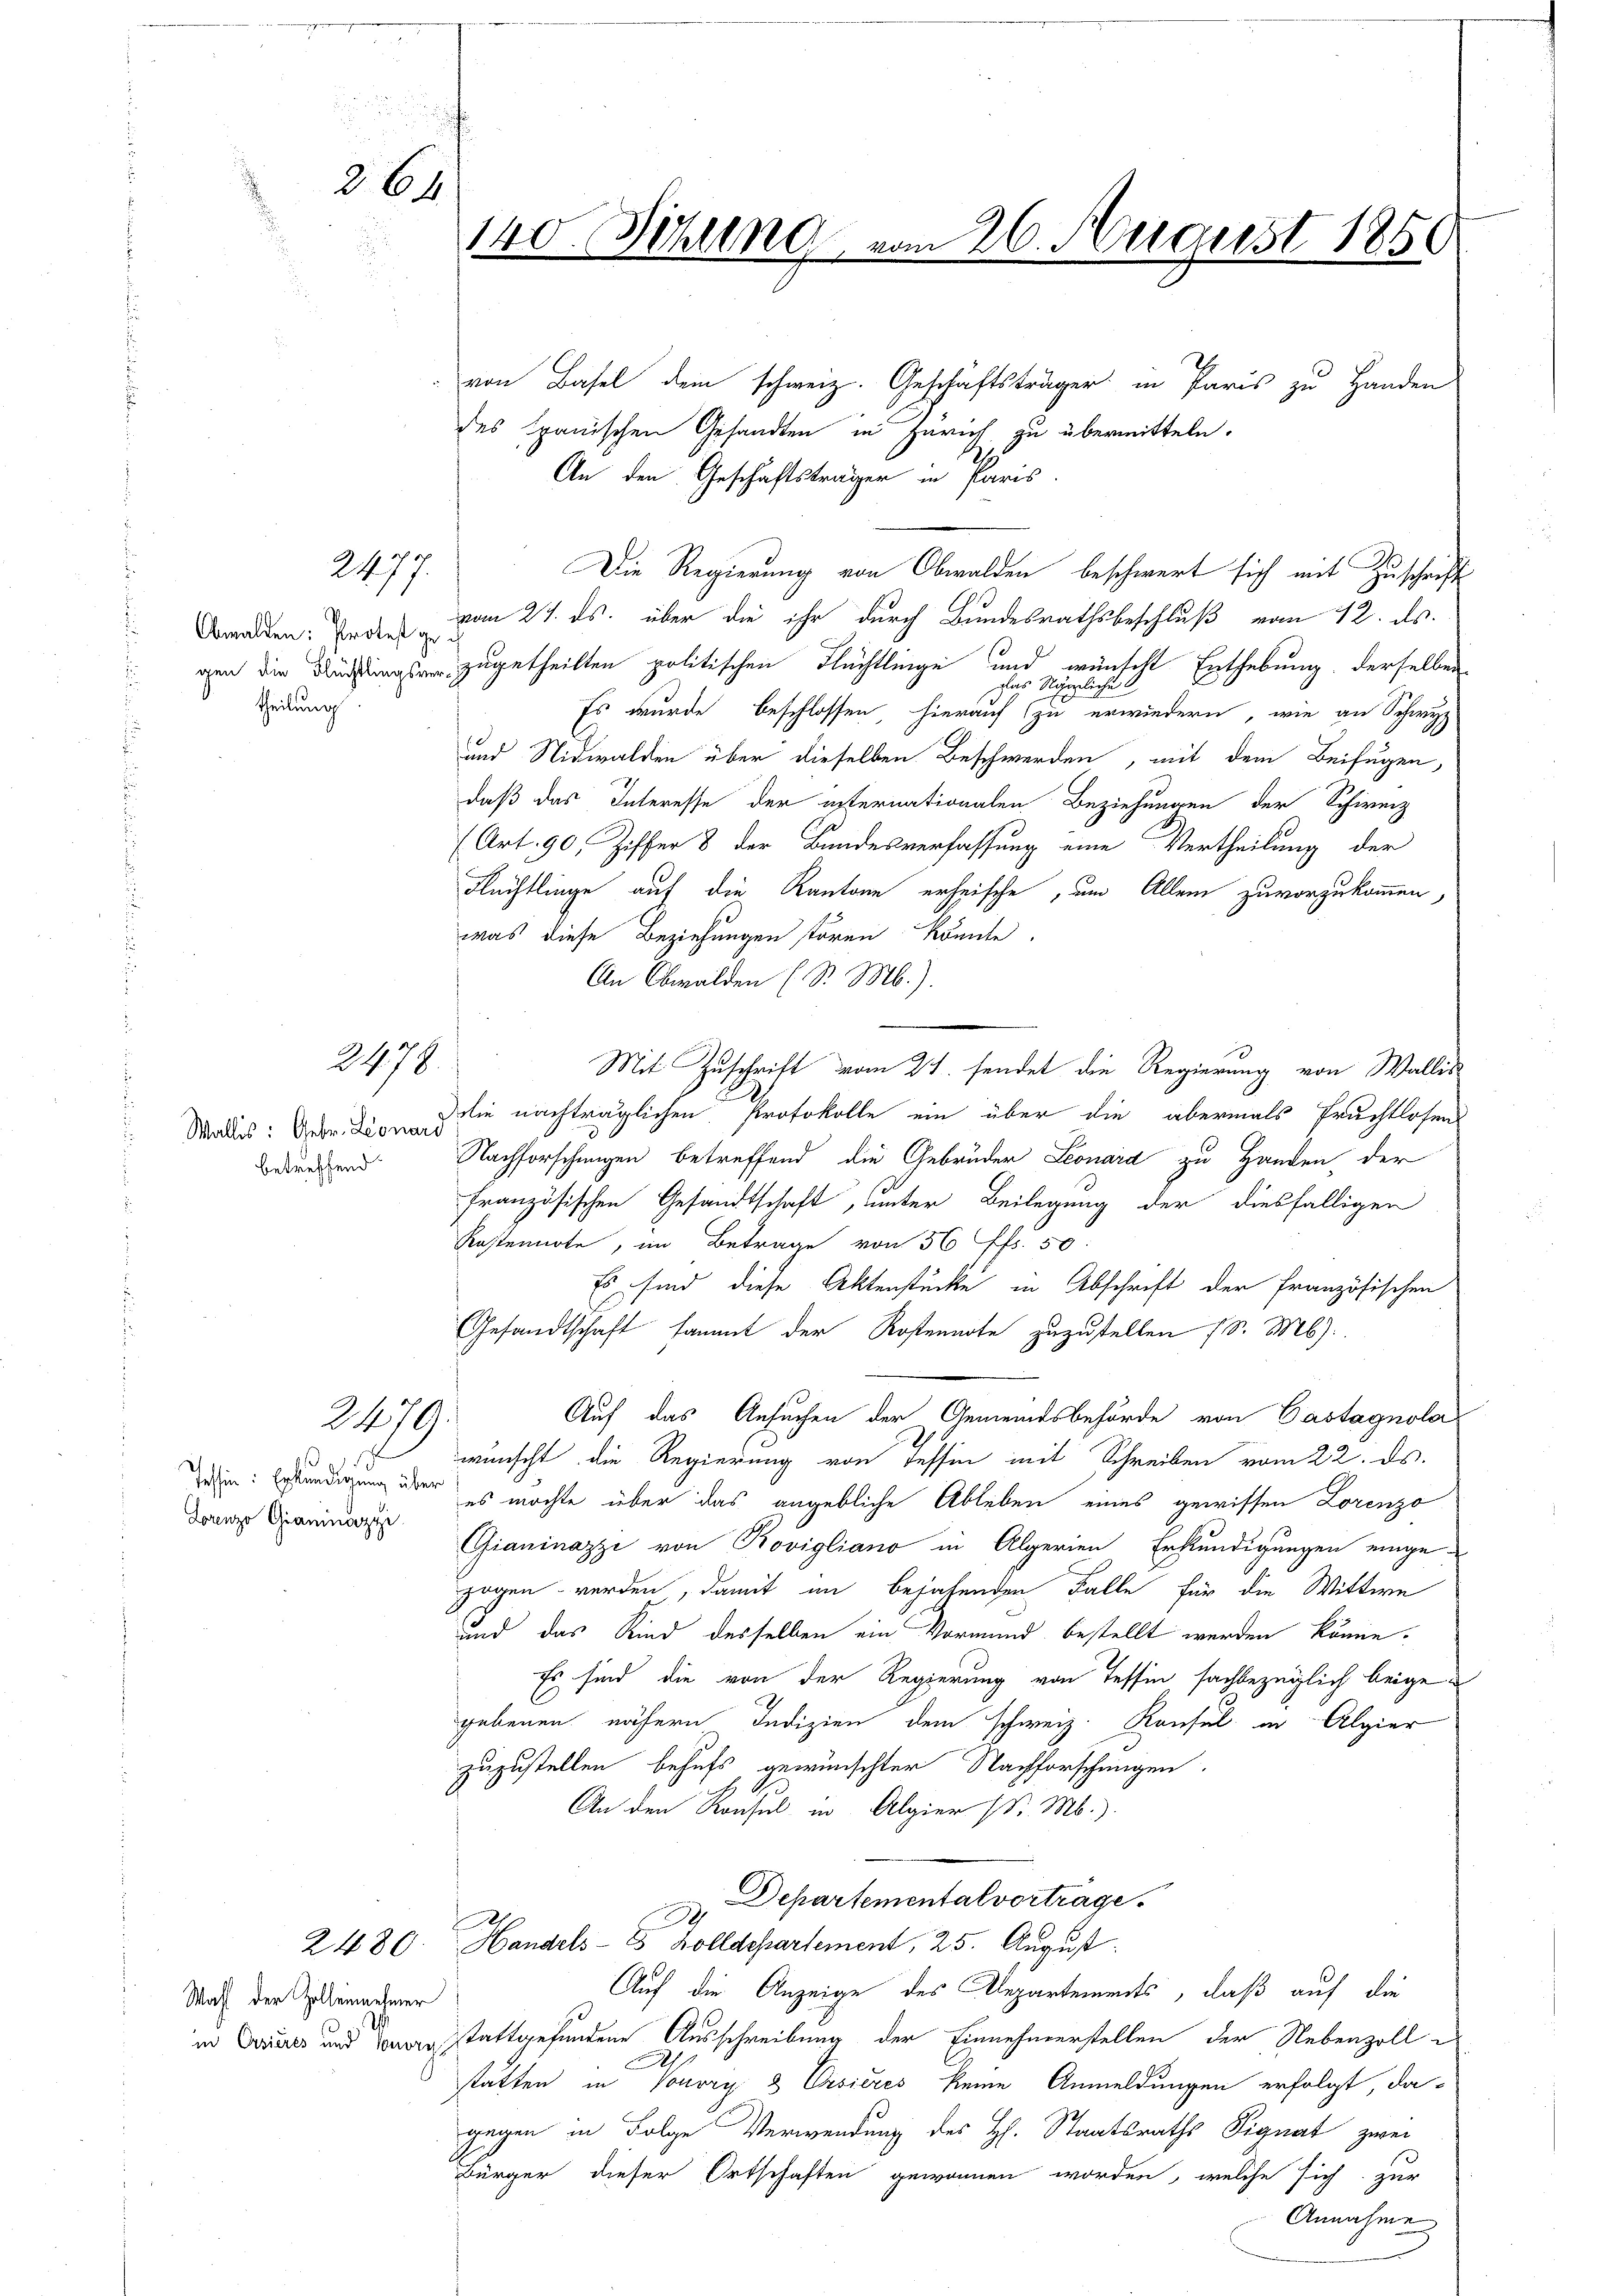
264

2477.

f

Obwalden: Protest getheilung

2470.

Wallis: Gebr. Leonard
betreffend

2479.

s
Tessin: Erkundigung über
Lorenzo Giannazzi

2480
Wahl der Zollennehmer

140. Dihung vom 26. August 1856

von Basel dem schweiz. Geschäftsträger in Paris zu Handen
des Spanischen Gesandten in Zürich zu übermitteln.
An den Geschäftsträger in Paris.
Die Regierung von Obwalden beschwert sich mit Zuschrift
vom 27. ds. über die ihr durch Bundesrathsbeschluß vom 12. ds.
gen die Richtung zugetheilten politischen Flüchtlinge und wünscht Enthebung, derselben
plas
Es wurde beschlossen, hierauf zu erwiedern, wie an Schwyz
und Nidwalden über dieselben Beschwerden, mit dem Beifügen,
daß das Interesse der internationalen Beziehungen der Schweiz
(Art. 90, Ziffer 8 der Bundesverfassung eine Vertheilung der
Flüchtlinge auf die Kantone erheische, um Allein zuvorzukommen,
was diese Beziehungen stören könnte.
An Obwalden (S. M.).
Mit Zuschrift vom 21. sendet die Regierung von Wallis
die nachträglichen Protokolle ein über die abermals Fruchtlosen
Nachforschungen betreffend die Gebrüder Leonard zu Handen, der
französischen Gesandtschaft, unter Beilegung der diesfälligen
Kastennote, im Betrage von 56 ff. 50
Es sind diese Aktenstücke in Abschrift der französischen
Gesandtschaft sammt der Kostennote zuzustellen (S. 16)
Auf das Ansuchen der Gemeindsbehörde von Castagnola
wünscht die Regierung von Tessin mit Schreiben vom 22. ds.
es möchte über das angebliche Ableben eines gewissen Lorenzo
Gianinazzi von Rovigliano in Algerien Erkundigungen einge-
zogen werden, damit in bejahenden Falle für die Wittwe
und das Kind desselben ein Vormund bestellt werden könne.
Es sind die von der Regierung von Tessin sachbezüglich beigegebenen nähern Indizien dem schweiz. Konsul in Algier
zuzustellen behufs gewünschter Nachforschungen.
An den Konsul in Algier (Dr. M.)
Departemental vortrage.
.
h
Handels- & Zolldepartement, 25. August
Auf die Anzeige des Alepartements, daß auf die
in Deines und Bewusstattgefundene Ausschreibung der Einnehmerstellen der Nebenzoll e
.
statten in Vouvry & Ersieres keine Anmeldungen erfolgt, dagegen in Folge Verwendung des H. Staatsraths Signat zwei
Bürger dieser Ortschaften gewonnen worden, welche sich zur
Annahme